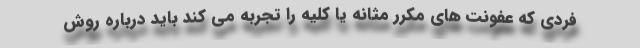
فردی که عفونت های مکرر مثانه یا کلیه را تجربه می کند باید درباره روش